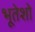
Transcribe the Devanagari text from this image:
भूतेशो